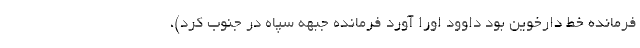
فرمانده خط دارخوین بود داوود اورا آورد فرمانده جبهه سپاه در جنوب کرد)،